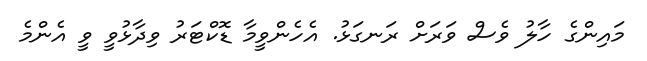
މައިންގެ ހާލު ވެސް ވަރަށް ރަނގަޅު. އެހެންވީމާ ޑޮކްޓަރު ވިދާޅުވީ ވީ އެންމެ